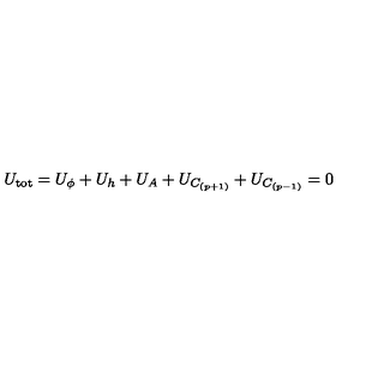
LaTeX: U _ { \mathrm { t o t } } = U _ { \phi } + U _ { h } + U _ { A } + U _ { C _ { ( p + 1 ) } } + U _ { C _ { ( p - 1 ) } } = 0